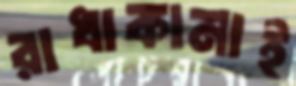
রাধাকানাই